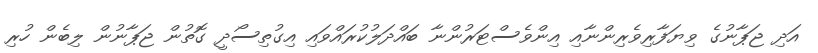
އަދި ޖަޕާނުގެ ވިޔަފާރިވެރިންނާއި އިންވެސްޓަރުންނާ ބައްދަލުކުރައްވައި އިގުތިސޯދީ ގޮތުން ޖަޕާނުން ލިބެން ހުރި